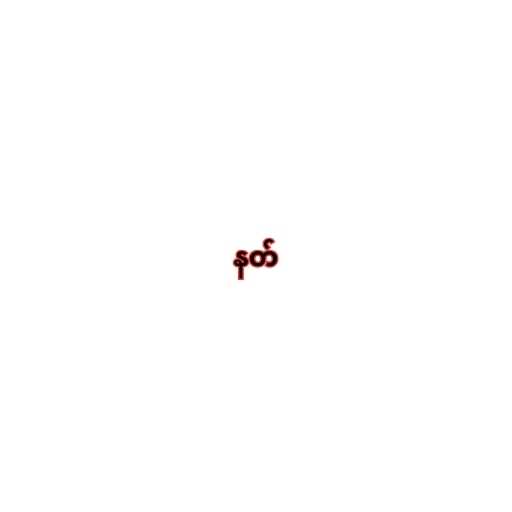
နတ်